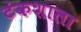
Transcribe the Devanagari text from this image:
टंकशाला